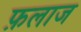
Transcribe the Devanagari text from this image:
फ़लाज